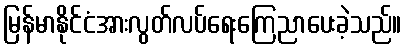
မြန်မာနိုင်ငံအားလွတ်လပ်ရေးကြေညာပေးခဲ့သည်။